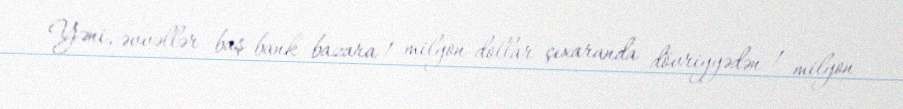
Yəni, əvvəllər baş bank bazara 1 milyon dollar çıxaranda dövriyyədən 1 milyon